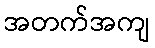
အတက်အကျ